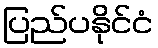
ပြည်ပနိုင်ငံ